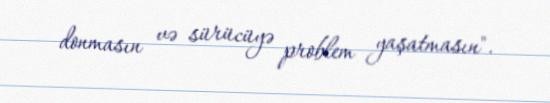
donmasın və sürücüyə problem yaşatmasın".